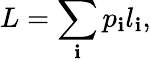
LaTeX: L=\sum_{\mathbf{i}}p_{\mathbf{i}}l_{\mathbf{i}},